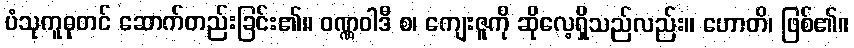
ပံသုကူဓုတင် ဆောက်တည်းခြင်း၏။ ဝဏ္ဏဝါဒီ စ၊ ကျေးဇူကို ဆိုလေ့ရှိသည်လည်း။ ဟောတိ၊ ဖြစ်၏။